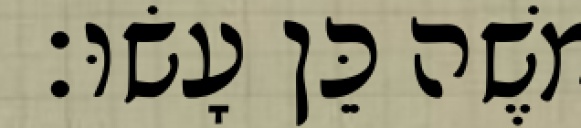
משֶׁה כֵּן עָשׂוּ׃